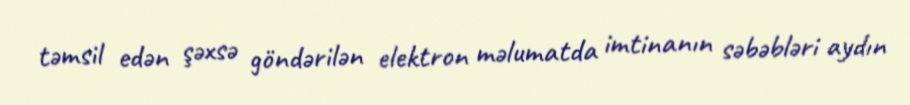
təmsil edən şəxsə göndərilən elektron məlumatda imtinanın səbəbləri aydın